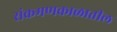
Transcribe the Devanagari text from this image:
संक्रमणकाळातील